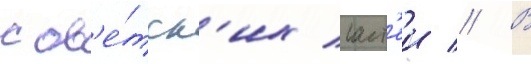
сов'е́тск'их част'еи // В